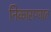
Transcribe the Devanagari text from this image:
निकाराग्वात